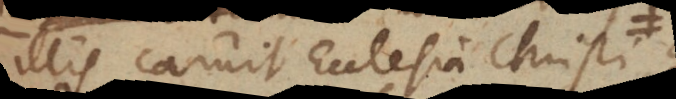
illis caruit Ecclesia Christi,